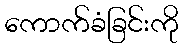
ကောက်ခံခြင်းကို